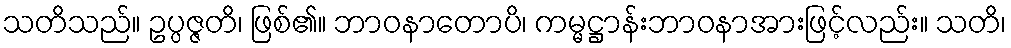
သတိသည်။ ဥပ္ပဇ္ဇတိ၊ ဖြစ်၏။ ဘာဝနာတောပိ၊ ကမ္မဋ္ဌာန်းဘာဝနာအားဖြင့်လည်း။ သတိ၊